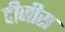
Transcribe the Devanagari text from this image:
दीनीस